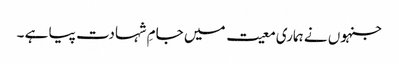
جنہوں نے ہماری معیت میں جامِ شہادت پیا ہے ۔